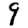
Digit: 9